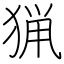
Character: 猟